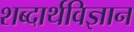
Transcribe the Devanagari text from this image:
शब्दार्थविज्ञान